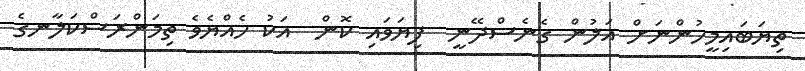
ތިޔަބައިމީހުންނަށް އަލުން ގެނެސްދޭނީ  ފިޔަވައި ކޮން  އަކު ހެއްޔެވެ ތިމަންރަސްކަލާނގެ